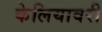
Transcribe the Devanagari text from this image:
केलियावरी